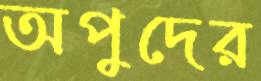
অপুদের